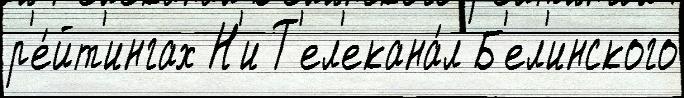
р'е́йт'ингах Н'и Т'ел'екана́л Б'ел'инского